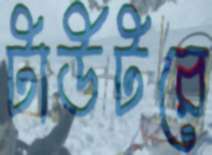
টাউটরে